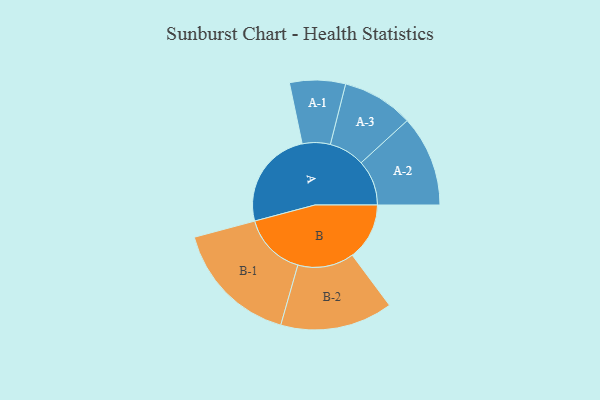
{"axis": {"x": "Segment", "y": "Value"}, "legend": ["", "A", "B"], "data": [{"x": "A", "y": 436, "type": ""}, {"x": "B", "y": 250, "type": ""}, {"x": "A-1", "y": 122, "type": "A"}, {"x": "A-2", "y": 199, "type": "A"}, {"x": "A-3", "y": 156, "type": "A"}, {"x": "B-1", "y": 277, "type": "B"}, {"x": "B-2", "y": 246, "type": "B"}]}